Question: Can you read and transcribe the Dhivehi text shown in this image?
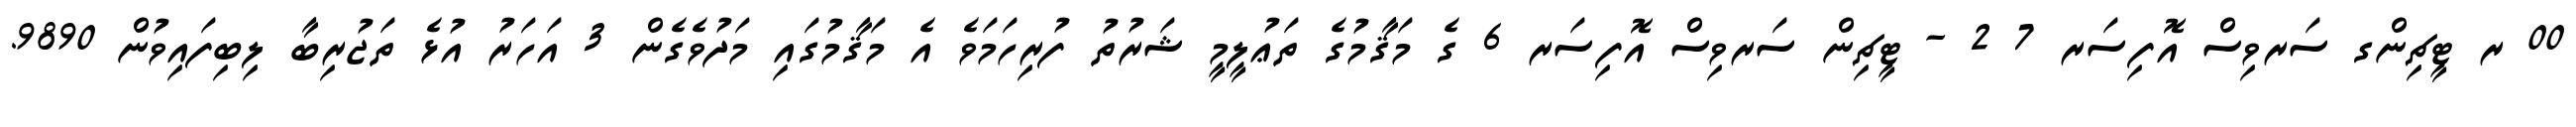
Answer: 00 ރ ޓީޗިންގ ސަރވިސް އޮފިސަރ 7 2 - ޓީޗިން ސަރވިސް އޮފިސަރ 6 ގެ މަޤާމުގެ ތަޢުލީމީ ޝަރުތު ފުރިހަމަވެ އެ މަޤާމުގައި މަދުވެގެން 3 އަހަރު އުޅެ ތަޖުރިބާ ލިބިފައިވުން 9890.